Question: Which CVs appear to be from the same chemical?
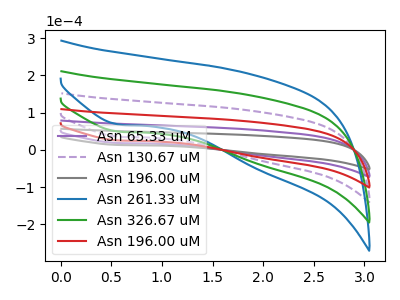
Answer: <think>The purple curve "Asn 65.33 uM" has a cathodic peak at: (0.55V, 18.30uA). The purple dashed curve "Asn 130.67 uM" has a cathodic peak at: (0.55V, 54.90uA). The gray curve "Asn 196.00 uM" has a cathodic peak at: (0.55V, 13.15uA). The blue curve "Asn 261.33 uM" has a cathodic peak at: (0.55V, 91.50uA). The green curve "Asn 326.67 uM" has a cathodic peak at: (0.55V, 73.20uA). The red curve "Asn 196.00 uM" has a cathodic peak at: (0.55V, 36.60uA).
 All the peaks in "Asn 65.33 uM" have a peak in "Asn 130.67 uM" at the same potential. Every peak in "Asn 65.33 uM" is higher than every peak in "Asn 130.67 uM". All the peaks in "Asn 65.33 uM" have a peak in "Asn 196.00 uM" at the same potential. Every peak in "Asn 65.33 uM" is lower than every peak in "Asn 196.00 uM". All the peaks in "Asn 65.33 uM" have a peak in "Asn 261.33 uM" at the same potential. Every peak in "Asn 65.33 uM" is higher than every peak in "Asn 261.33 uM". All the peaks in "Asn 65.33 uM" have a peak in "Asn 326.67 uM" at the same potential. Every peak in "Asn 65.33 uM" is higher than every peak in "Asn 326.67 uM". All the peaks in "Asn 65.33 uM" have a peak in "Asn 196.00 uM" at the same potential. Every peak in "Asn 65.33 uM" is higher than every peak in "Asn 196.00 uM". All the peaks in "Asn 130.67 uM" have a peak in "Asn 196.00 uM" at the same potential. Every peak in "Asn 130.67 uM" is lower than every peak in "Asn 196.00 uM". All the peaks in "Asn 130.67 uM" have a peak in "Asn 261.33 uM" at the same potential. Every peak in "Asn 130.67 uM" is higher than every peak in "Asn 261.33 uM". All the peaks in "Asn 130.67 uM" have a peak in "Asn 326.67 uM" at the same potential. Every peak in "Asn 130.67 uM" is higher than every peak in "Asn 326.67 uM". All the peaks in "Asn 130.67 uM" have a peak in "Asn 196.00 uM" at the same potential. Every peak in "Asn 130.67 uM" is lower than every peak in "Asn 196.00 uM". All the peaks in "Asn 196.00 uM" have a peak in "Asn 261.33 uM" at the same potential. Every peak in "Asn 196.00 uM" is higher than every peak in "Asn 261.33 uM". All the peaks in "Asn 196.00 uM" have a peak in "Asn 326.67 uM" at the same potential. Every peak in "Asn 196.00 uM" is higher than every peak in "Asn 326.67 uM". All the peaks in "Asn 196.00 uM" have a peak in "Asn 196.00 uM" at the same potential. Every peak in "Asn 196.00 uM" is higher than every peak in "Asn 196.00 uM". All the peaks in "Asn 261.33 uM" have a peak in "Asn 326.67 uM" at the same potential. Every peak in "Asn 261.33 uM" is lower than every peak in "Asn 326.67 uM". All the peaks in "Asn 261.33 uM" have a peak in "Asn 196.00 uM" at the same potential. Every peak in "Asn 261.33 uM" is lower than every peak in "Asn 196.00 uM". All the peaks in "Asn 326.67 uM" have a peak in "Asn 196.00 uM" at the same potential. Every peak in "Asn 326.67 uM" is lower than every peak in "Asn 196.00 uM".</think>
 <answer>"Asn 196.00 uM", "Asn 65.33 uM", "Asn 130.67 uM", "Asn 261.33 uM", "Asn 326.67 uM" and "Asn 196.00 uM" have the same shape and are likely CV's of the same chemical.</answer>
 <eval>"Asn 196.00 uM" "Asn 65.33 uM" "Asn 130.67 uM" "Asn 261.33 uM" "Asn 326.67 uM" "Asn 196.00 uM"</eval>